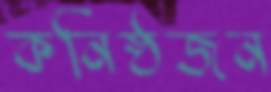
কনিষ্ঠজন